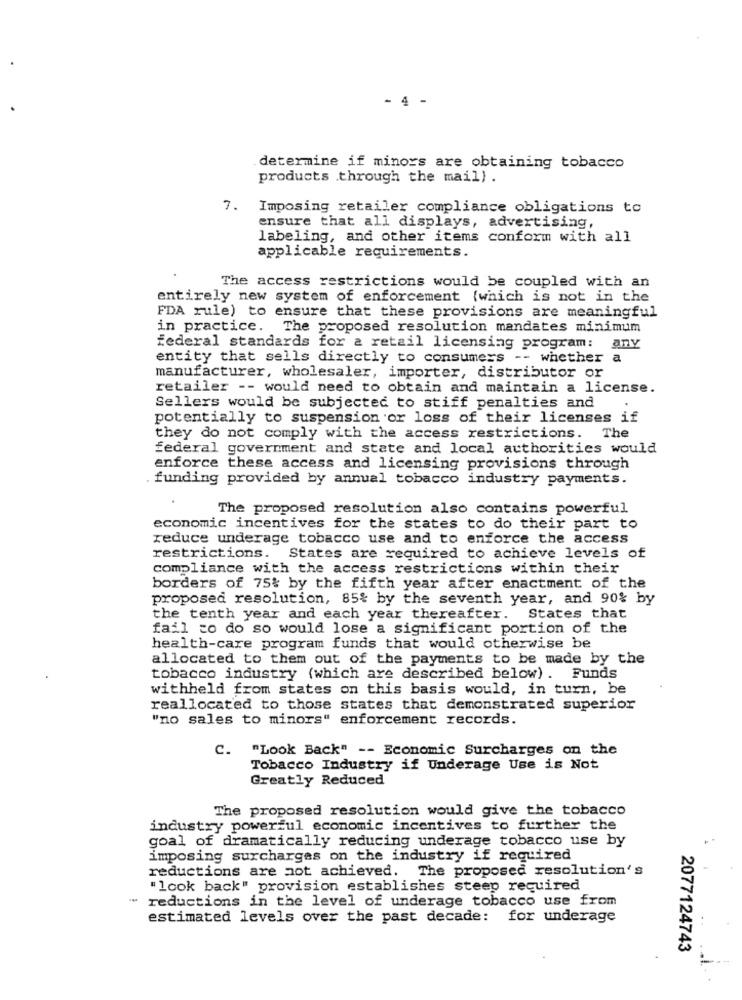
- 4 -
determine if minors are obtaining tobacco
products .through the mail) .
7.
Imposing retailer compliance obligations to
ensure that all displays, advertising,
labeling, and other items conform with all
applicable requirements.
The access restrictions would be coupled with an
entirely new system of enforcement {which is not in the
FDA rule) to ensure that these provisions are meaningful
in practice. The proposed resolution mandates minimum
federal standards for a retail licensing program: any
entity that sells directly to consumers -- whether a
manufacturer, wholesaler, importer, distributor or
retailer -- would need to obtain and maintain a license.
Sellers would be subjected to stiff penalties and
potentially to suspension or loss of their licenses if
they do not comply with the access restrictions. The
federal government and state and local authorities would
enforce these access and licensing provisions through
funding provided by annual tobacco industry payments.
The proposed resolution also contains powerful
economic incentives for the states to do their part to
reduce underage tobacco use and to enforce the access
restrictions.
States are required to achieve levels of
compliance with the access restrictions within their
borders of 75% by the fifth year after enactment of the
proposed resolution, 85% by the seventh year, and 90% by
the tenth year and each year thereafter. States that
fail to do so would lose a significant portion of the
health-care program funds that would otherwise be
allocated to them out of the payments to be made by the
tobacco industry (which are described below) . Funds
withheld from states on this basis would, in turn, be
reallocated to those states that demonstrated superior
"no sales to minors" enforcement records.
C. "Look Back" -- Economic Surcharges on the
Tobacco Industry if Underage Use is Not
Greatly Reduced
The proposed resolution would give the tobacco
industry powerful economic incentives to further the
goal of dramatically reducing underage tobacco use by
imposing surcharges on the industry if required
reductions are not achieved. The proposed resolution's
"look back" provision establishes steep required
-
reductions in the level of underage tobacco use from
estimated levels over the past decade: for underage
2077124743